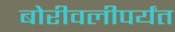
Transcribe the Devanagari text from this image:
बोरीवलीपर्यंत